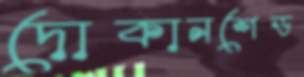
দোকানশেড